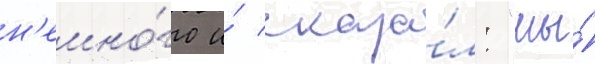
н'емно́го и́ сказа́л: "мы́